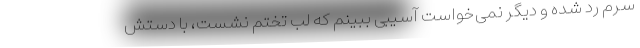
سرم رد شده و دیگر نمی‌خواست آسیبی ببینم که لب تختم نشست، با دستش